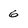
Character: 6